Lunatic asylums Central Provinces reports 1910-1926 - 1910-1926
Year: 1910
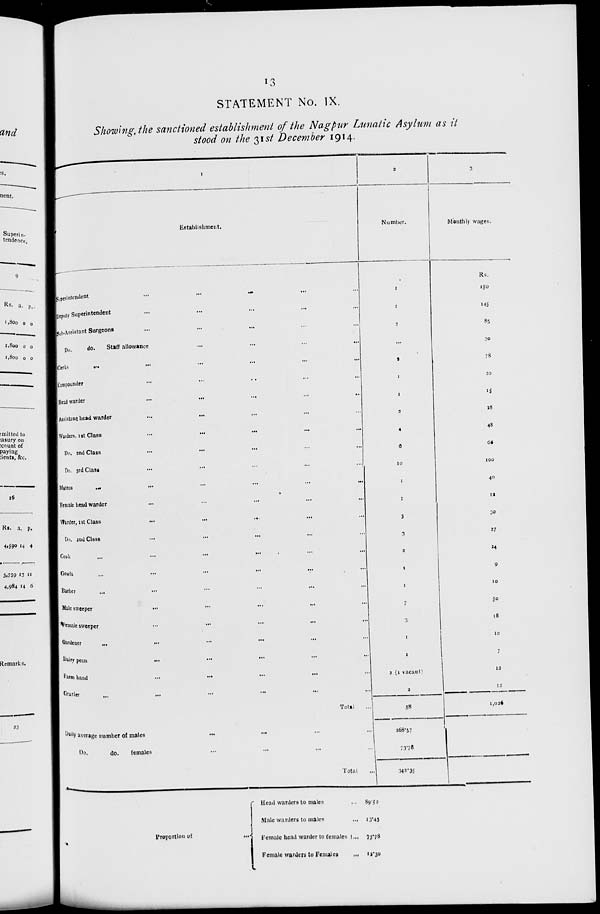
13
STATEMENT No. IX.
Showing the sanctioned establishment of the Nagpur Lunatic Asylum as it
stood on the 31st December 1914.
1
Establishment.
Superintendent
...
...
...
Deputy Superintendent ... ... ...
Sub-Assistant Surgeons ... ... ...
Do.
do.
Staff allowance ... ... ...
Clerks ... ... ... ...
Compounder
...
...
...
Head warder
...
...
...
...
...
Assistant head warder ... ... ... ... ...
Warders, 1st Class ... ... ... ... ...
Do. 2nd Class ... ... ... ... ...
Do. 3rd Class ... ... ... ... ...
Matron
...
...
...
...
...
...
Female head warder ... ... ...
Warder, 1st Class
...
...
...
...
...
On. 2nd Class ... ... ... ... ...
Cook
...
...
...
...
...
Gowla ... ... ... ... ...
Barber ... ... ... ... ...
Male sweeper ... ... ... ... ...
Female sweeper ... ... ... ... ...
Gardener ... ... ... ... ...
Dairy peon ... ... ... ... ...
Farm hand ... ... ... ... ...
Grazier ... ... ... ... ...
Total ...
Daily average number of males ... ... ... ... ...
Do.
do.
females ... ... ... ... ...
Total ...
2
Number.
1
1
2
...
2
1
1
2
4
6
10
1
1
3
3
2
1
1
7
3
1
1
2 (1 vacant)
2
58
268.57
73.78
342.35
3
Monthly wages.
Rs.
150
145
85
30
78
20
15
28
48
66
100
40
12
30
27
24
9
10
50
18
10
7
12
12
1,026
Proportion of ...
Head warders to males ...
Male warders to males ...
Female head warder to females ...
Female warders to Females
...
89.52
13.43
73.78
12.30